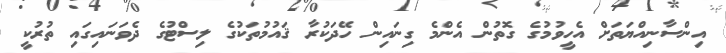
އިންސާނިއްޔަތަށް އެހީވުމުގެ ގޮތުން އެންމެ ގިނައިން ހޭދަކުރާ ޤައުމުތަކުގެ ލިސްޓުގެ ދެވަނައިގައި ތުރުކީ